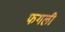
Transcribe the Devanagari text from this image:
फगली